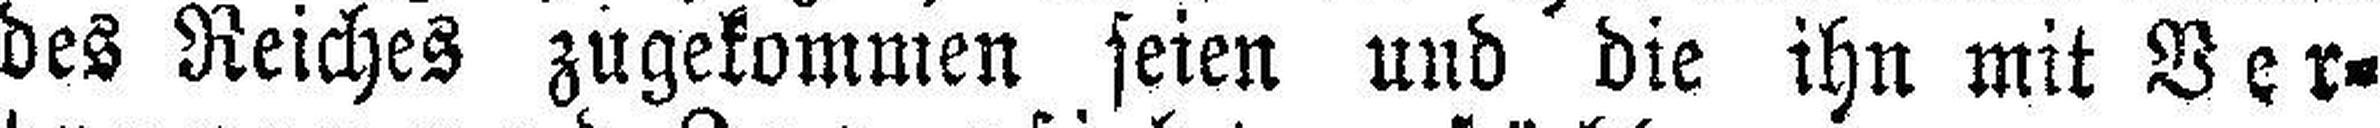
des Reiches zugekommen seien und die ihn mit Ver¬